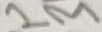
Text: 1M